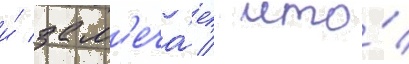
и́ зам'еча́ет / что́